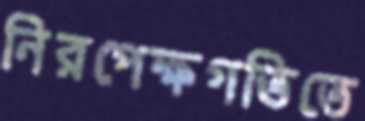
নিরপেক্ষগতিতে